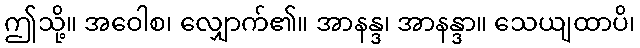
ဤသို့။ အဝေါစ၊ လျှောက်၏။ အာနန္ဒ၊ အာနန္ဒာ။ သေယျထာပိ၊